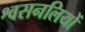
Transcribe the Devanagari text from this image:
श्वसनलियों